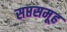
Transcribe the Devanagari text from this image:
सप्तसमूह